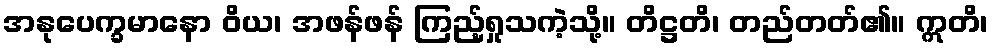
အနုပေက္ခမာနော ဝိယ၊ အဖန်ဖန် ကြည့်ရှုသကဲ့သို့။ တိဋ္ဌတိ၊ တည်တတ်၏။ ဣတိ၊